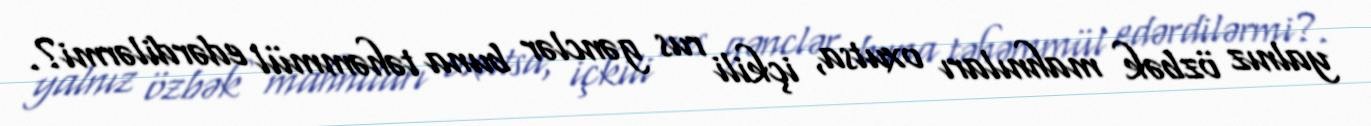
yalnız özbək mahnıları oxutsa, içkili rus gənclər buna təhəmmül edərdilərmi?.